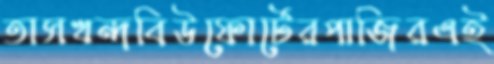
তাসখন্দবিউফোর্টেরপাজিরএই